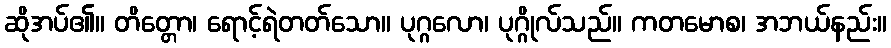
ဆိုအပ်၏။ တိတ္တော၊ ရောင့်ရဲတတ်သော။ ပုဂ္ဂလော၊ ပုဂ္ဂိုလ်သည်။ ကတမောစ၊ အဘယ်နည်း။